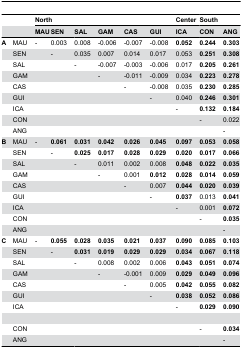
<table><thead><tr><td></td><td></td><td colspan="6"><b>North</b></td><td><b>Center</b></td><td colspan="2"><b>South</b></td></tr><tr><td></td><td></td><td><b>MAU</b></td><td><b>SEN</b></td><td><b>SAL</b></td><td><b>GAM</b></td><td><b>CAS</b></td><td><b>GUI</b></td><td><b>ICA</b></td><td><b>CON</b></td><td><b>ANG</b></td></tr></thead><tbody><tr><td><b>A</b></td><td>MAU</td><td> -</td><td>0.003</td><td>0.008</td><td> -0.006</td><td> -0.007</td><td> -0.008</td><td><b>0.052</b></td><td><b>0.244</b></td><td><b>0.303</b></td></tr><tr><td></td><td>SEN</td><td></td><td> -</td><td>0.035</td><td>0.007</td><td>0.014</td><td>0.017</td><td>0.053</td><td><b>0.251</b></td><td><b>0.308</b></td></tr><tr><td></td><td>SAL</td><td></td><td></td><td> -</td><td> -0.007</td><td> -0.003</td><td> -0.006</td><td>0.017</td><td><b>0.205</b></td><td><b>0.261</b></td></tr><tr><td></td><td>GAM</td><td></td><td></td><td></td><td> -</td><td> -0.011</td><td> -0.009</td><td>0.034</td><td><b>0.223</b></td><td><b>0.278</b></td></tr><tr><td></td><td>CAS</td><td></td><td></td><td></td><td></td><td> -</td><td> -0.008</td><td>0.035</td><td><b>0.230</b></td><td><b>0.285</b></td></tr><tr><td></td><td>GUI</td><td></td><td></td><td></td><td></td><td></td><td> -</td><td>0.040</td><td><b>0.246</b></td><td><b>0.301</b></td></tr><tr><td></td><td>ICA</td><td></td><td></td><td></td><td></td><td></td><td></td><td> -</td><td><b>0.132</b></td><td><b>0.184</b></td></tr><tr><td></td><td>CON</td><td></td><td></td><td></td><td></td><td></td><td></td><td></td><td> -</td><td>0.022</td></tr><tr><td></td><td>ANG</td><td></td><td></td><td></td><td></td><td></td><td></td><td></td><td></td><td> -</td></tr><tr><td><b>B</b></td><td>MAU</td><td> -</td><td><b>0.061</b></td><td><b>0.031</b></td><td><b>0.042</b></td><td><b>0.026</b></td><td><b>0.045</b></td><td><b>0.097</b></td><td><b>0.053</b></td><td><b>0.058</b></td></tr><tr><td></td><td>SEN</td><td></td><td> -</td><td><b>0.025</b></td><td><b>0.017</b></td><td><b>0.028</b></td><td><b>0.029</b></td><td><b>0.020</b></td><td><b>0.017</b></td><td><b>0.066</b></td></tr><tr><td></td><td>SAL</td><td></td><td></td><td> -</td><td>0.011</td><td>0.002</td><td>0.008</td><td><b>0.048</b></td><td><b>0.022</b></td><td><b>0.035</b></td></tr><tr><td></td><td>GAM</td><td></td><td></td><td></td><td> -</td><td>0.001</td><td><b>0.012</b></td><td><b>0.028</b></td><td><b>0.014</b></td><td><b>0.059</b></td></tr><tr><td></td><td>CAS</td><td></td><td></td><td></td><td></td><td> -</td><td>0.007</td><td><b>0.044</b></td><td><b>0.020</b></td><td><b>0.039</b></td></tr><tr><td></td><td>GUI</td><td></td><td></td><td></td><td></td><td></td><td> -</td><td><b>0.037</b></td><td>0.013</td><td><b>0.041</b></td></tr><tr><td></td><td>ICA</td><td></td><td></td><td></td><td></td><td></td><td></td><td> -</td><td>0.001</td><td><b>0.072</b></td></tr><tr><td></td><td>CON</td><td></td><td></td><td></td><td></td><td></td><td></td><td></td><td> -</td><td><b>0.035</b></td></tr><tr><td></td><td>ANG</td><td></td><td></td><td></td><td></td><td></td><td></td><td></td><td></td><td> -</td></tr><tr><td><b>C</b></td><td>MAU</td><td> -</td><td><b>0.055</b></td><td><b>0.028</b></td><td><b>0.035</b></td><td><b>0.021</b></td><td><b>0.037</b></td><td><b>0.090</b></td><td><b>0.085</b></td><td><b>0.103</b></td></tr><tr><td></td><td>SEN</td><td></td><td> -</td><td><b>0.031</b></td><td><b>0.019</b></td><td><b>0.029</b></td><td><b>0.029</b></td><td><b>0.034</b></td><td><b>0.067</b></td><td><b>0.118</b></td></tr><tr><td></td><td>SAL</td><td></td><td></td><td> -</td><td>0.008</td><td>0.002</td><td>0.006</td><td><b>0.043</b></td><td><b>0.051</b></td><td><b>0.074</b></td></tr><tr><td></td><td>GAM</td><td></td><td></td><td></td><td> -</td><td> -0.001</td><td>0.009</td><td><b>0.029</b></td><td><b>0.049</b></td><td><b>0.096</b></td></tr><tr><td></td><td>CAS</td><td></td><td></td><td></td><td></td><td> -</td><td>0.005</td><td><b>0.042</b></td><td><b>0.055</b></td><td><b>0.082</b></td></tr><tr><td></td><td>GUI</td><td></td><td></td><td></td><td></td><td></td><td> -</td><td><b>0.038</b></td><td><b>0.052</b></td><td><b>0.086</b></td></tr><tr><td></td><td>ICA</td><td></td><td></td><td></td><td></td><td></td><td></td><td> -</td><td><b>0.029</b></td><td><b>0.090</b></td></tr><tr><td></td><td>CON</td><td></td><td></td><td></td><td></td><td></td><td></td><td></td><td> -</td><td><b>0.034</b></td></tr><tr><td></td><td>ANG</td><td></td><td></td><td></td><td></td><td></td><td></td><td></td><td></td><td> -</td></tr></tbody></table>